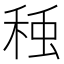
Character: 𮃅